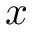
x